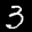
Label: 3